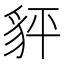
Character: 𧲺